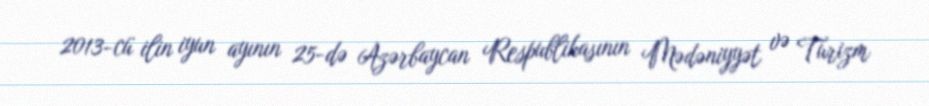
2013-cü ilin iyun ayının 25-də Azərbaycan Respublikasının Mədəniyyət və Turizm